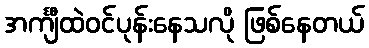
အင်္ကျီထဲဝင်ပုန်းနေသလို ဖြစ်နေတယ်